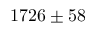
1 7 2 6 \pm 5 8